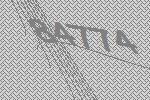
84774